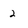
Character: 2